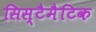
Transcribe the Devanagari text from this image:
सिस्टैमैटिक